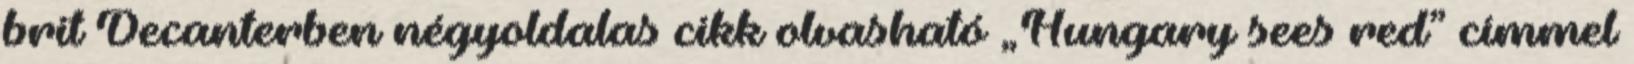
brit Decanterben négyoldalas cikk olvasható „Hungary sees red” címmel